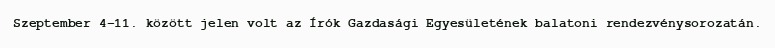
Szeptember 4-11. között jelen volt az Írók Gazdasági Egyesületének balatoni rendezvénysorozatán.